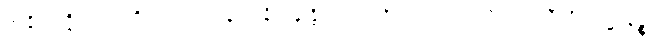
အနိဿဇ္ဇိတတ္တာ ဝိသယဒဿနတ္ထံ နိက္ကဍ္ဎန္တိယာ အာဠိယံ မဟာဝါလိကရာသီတိ အဋ္ဌာနဉ္စ